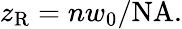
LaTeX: z_{\mathrm{R}}=nw_{0}/\mathrm{NA}.